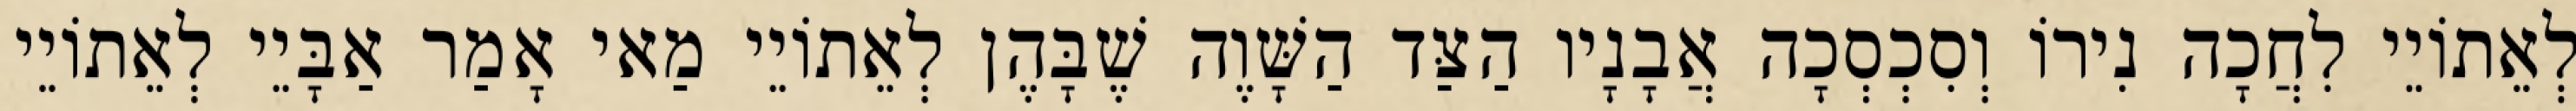
לְאֵתוֹיֵי לִחֲכָה נִירוֹ וְסִכְסְכָה אֲבָנָיו הַצַּד הַשָּׁוֶה שֶׁבָּהֶן לְאֵתוֹיֵי מַאי אָמַר אַבָּיֵי לְאֵתוֹיֵי